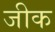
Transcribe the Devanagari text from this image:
जीक